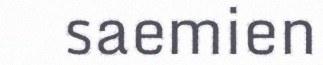
saemien